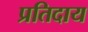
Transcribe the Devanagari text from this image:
प्रतिदाय